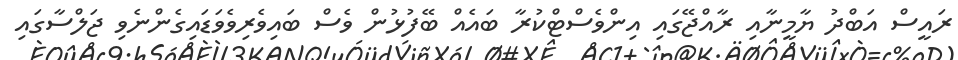
ރައީސް އަބްދު ޔާމީނާއި ރާއްޖޭގައި އިންވެސްޓްކުރާ ބައެއް ބޭފުޅުން ވެސް ބައިވެރިވެވަޑައިގެންނެވި ޖަލްސާގައި